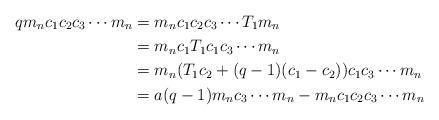
LaTeX: \begin{align*}qm_nc_1c_2c_3\dotsm m_n&=m_nc_1c_2c_3\dotsm T_1m_n\\&=m_nc_1T_1c_1c_3\dotsm m_n\\&=m_n(T_1c_2+(q-1)(c_1-c_2))c_1c_3\dotsm m_n\\&=a(q-1)m_nc_3\dotsm m_n-m_nc_1c_2c_3\dotsm m_n\end{align*}